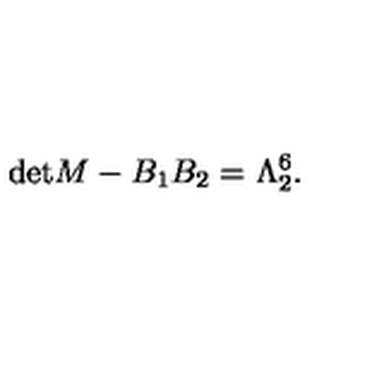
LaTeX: \mathrm { d e t } M - B _ { 1 } B _ { 2 } = \Lambda _ { 2 } ^ { 6 } . \nonumber